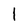
Character: l